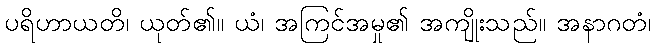
ပရိဟာယတိ၊ ယုတ်၏။ ယံ၊ အကြင်အမှု၏ အကျိုးသည်။ အနာဂတံ၊